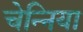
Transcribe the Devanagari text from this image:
चेन्निया